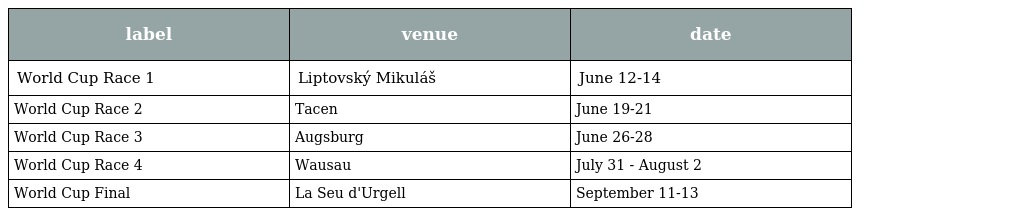
| label | venue | date |
 | --- | --- | --- |
 | World Cup Race 1 | Liptovský Mikuláš | June 12-14 |
 | World Cup Race 2 | Tacen | June 19-21 |
 | World Cup Race 3 | Augsburg | June 26-28 |
 | World Cup Race 4 | Wausau | July 31 - August 2 |
 | World Cup Final | La Seu d'Urgell | September 11-13 |